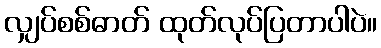
လျှပ်စစ်ဓာတ် ထုတ်လုပ်ပြတာပါပဲ။